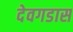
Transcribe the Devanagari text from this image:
देवगडास